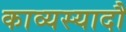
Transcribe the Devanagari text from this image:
काव्यस्यादौ